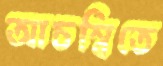
আচম্বিতে